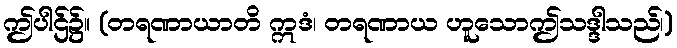
ဤပါဌ်၌။ (တရဏာယာတိ ဣဒံ၊ တရဏာယ ဟူသောဤသဒ္ဒါသည်၊)